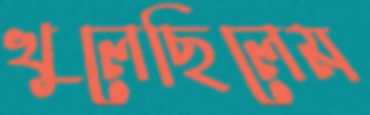
খুলেছিলেম